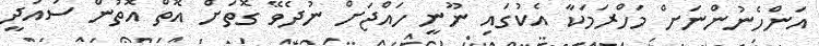
އަންހެނުންނަށް މަހްރަމަކާ އެކުގައި ނޫނީ ހައްޖަށް ނުދެވޭ ގޮތަށް އޮތް އޮތުން ސައުދީ